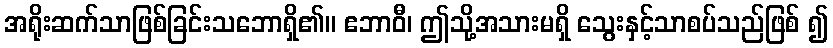
အရိုးဆက်သာဖြစ်ခြင်းသဘောရှိ၏။ ဧဘာဝီ၊ ဤသို့အသားမရှိ သွေးနှင့်သာစပ်သည်ဖြစ် ၍